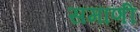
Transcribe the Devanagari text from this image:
समाणी